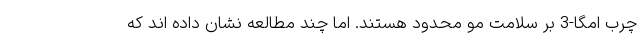
چرب امگا-3 بر سلامت مو محدود هستند. اما چند مطالعه نشان داده اند که